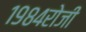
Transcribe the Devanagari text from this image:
१९८४रोजी